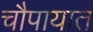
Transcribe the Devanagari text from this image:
चौपायात